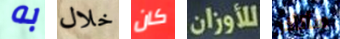
به خلال كان للأوزان سأتأخر